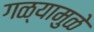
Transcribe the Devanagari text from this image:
गळ्यामुळे